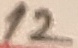
Text: 12